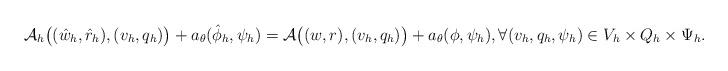
LaTeX: \begin{align*}\mathcal{A}_h\bigl( (\hat{w}_h, \hat{r}_h), (v_h, q_h) \bigr) + a_\theta (\hat{\phi}_h, \psi_h)= \mathcal{A} \bigl( (w, r), (v_h, q_h) \bigr) + a_\theta (\phi, \psi_h), \forall (v_h, q_h,\psi_h) \in V_h\times Q_h \times \Psi_h.\end{align*}